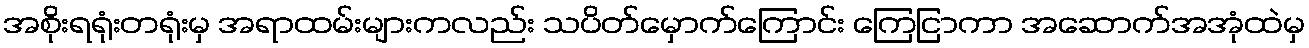
အစိုးရရုံးတရုံးမှ အရာထမ်းများကလည်း သပိတ်မှောက်ကြောင်း ကြေငြာကာ အဆောက်အအုံထဲမှ